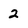
Character: 2